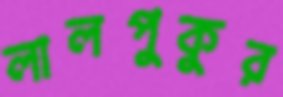
লালপুকুর